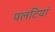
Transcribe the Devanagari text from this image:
पलटियां